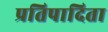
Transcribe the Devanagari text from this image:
प्रतिपादिता